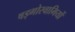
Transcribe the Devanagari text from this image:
षड्गोस्वामियों